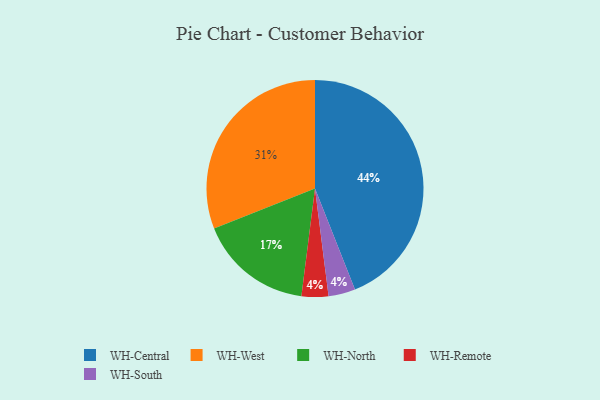
{"axis": {"x": "Category", "y": "Percentage"}, "legend": ["WH-Central", "WH-North", "WH-Remote", "WH-South", "WH-West"], "data": [{"x": "WH-Central", "y": 44, "type": "WH-Central"}, {"x": "WH-Remote", "y": 4, "type": "WH-Remote"}, {"x": "WH-South", "y": 4, "type": "WH-South"}, {"x": "WH-North", "y": 17, "type": "WH-North"}, {"x": "WH-West", "y": 31, "type": "WH-West"}]}